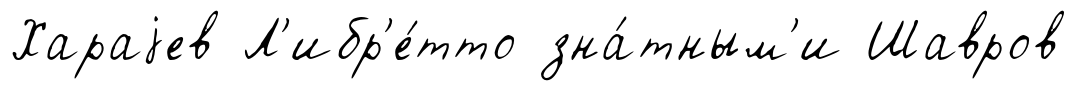
Хараjев Л'ибр'е́тто зна́тным'и Шавров